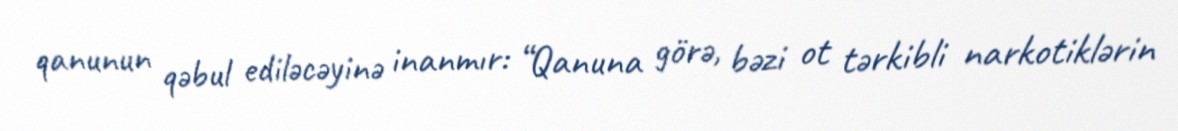
qanunun qəbul ediləcəyinə inanmır: “Qanuna görə, bəzi ot tərkibli narkotiklərin